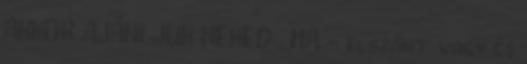
AKKOR AJÁNLJUK NEKED , HA - elszánt vagy és